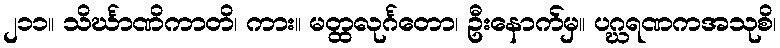
၂၁၁။ သိင်္ဃာဏိကာတိ၊ ကား။ မတ္ထလုင်္ဂတော၊ ဦးနောက်မှ။ ပဂ္ဃရဏကအသုစိ၊